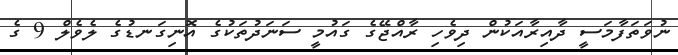
ނުވަތަފާމަސީ ދާއިރާއަކުން ދިވެހި ރާއްޖޭގެ ގައުމީ ސަނަދުތަކުގެ އޮނިގަނޑުގެ ލެވެލް 9 ގެ